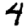
Digit: 4